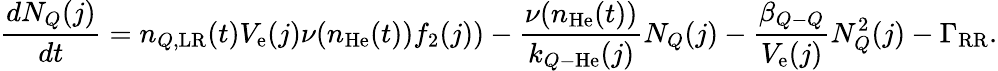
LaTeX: \frac{dN_{Q}(j)}{dt}=n_{Q,\mathrm{LR}}(t)V_{\mathrm{e}}(j)\nu(n_{\mathrm{He}}(t))f_{2}(j))-\frac{\nu(n_{\mathrm{He}}(t))}{k_{Q\mathrm{-}\mathrm{He}}(j)}N_{Q}(j)-\frac{\beta_{Q\mathrm{-}Q}}{V_{\mathrm{e}}(j)}N_{Q}^{2}(j)-\Gamma_{\mathrm{RR}}.